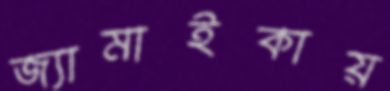
জ্যামাইকায়